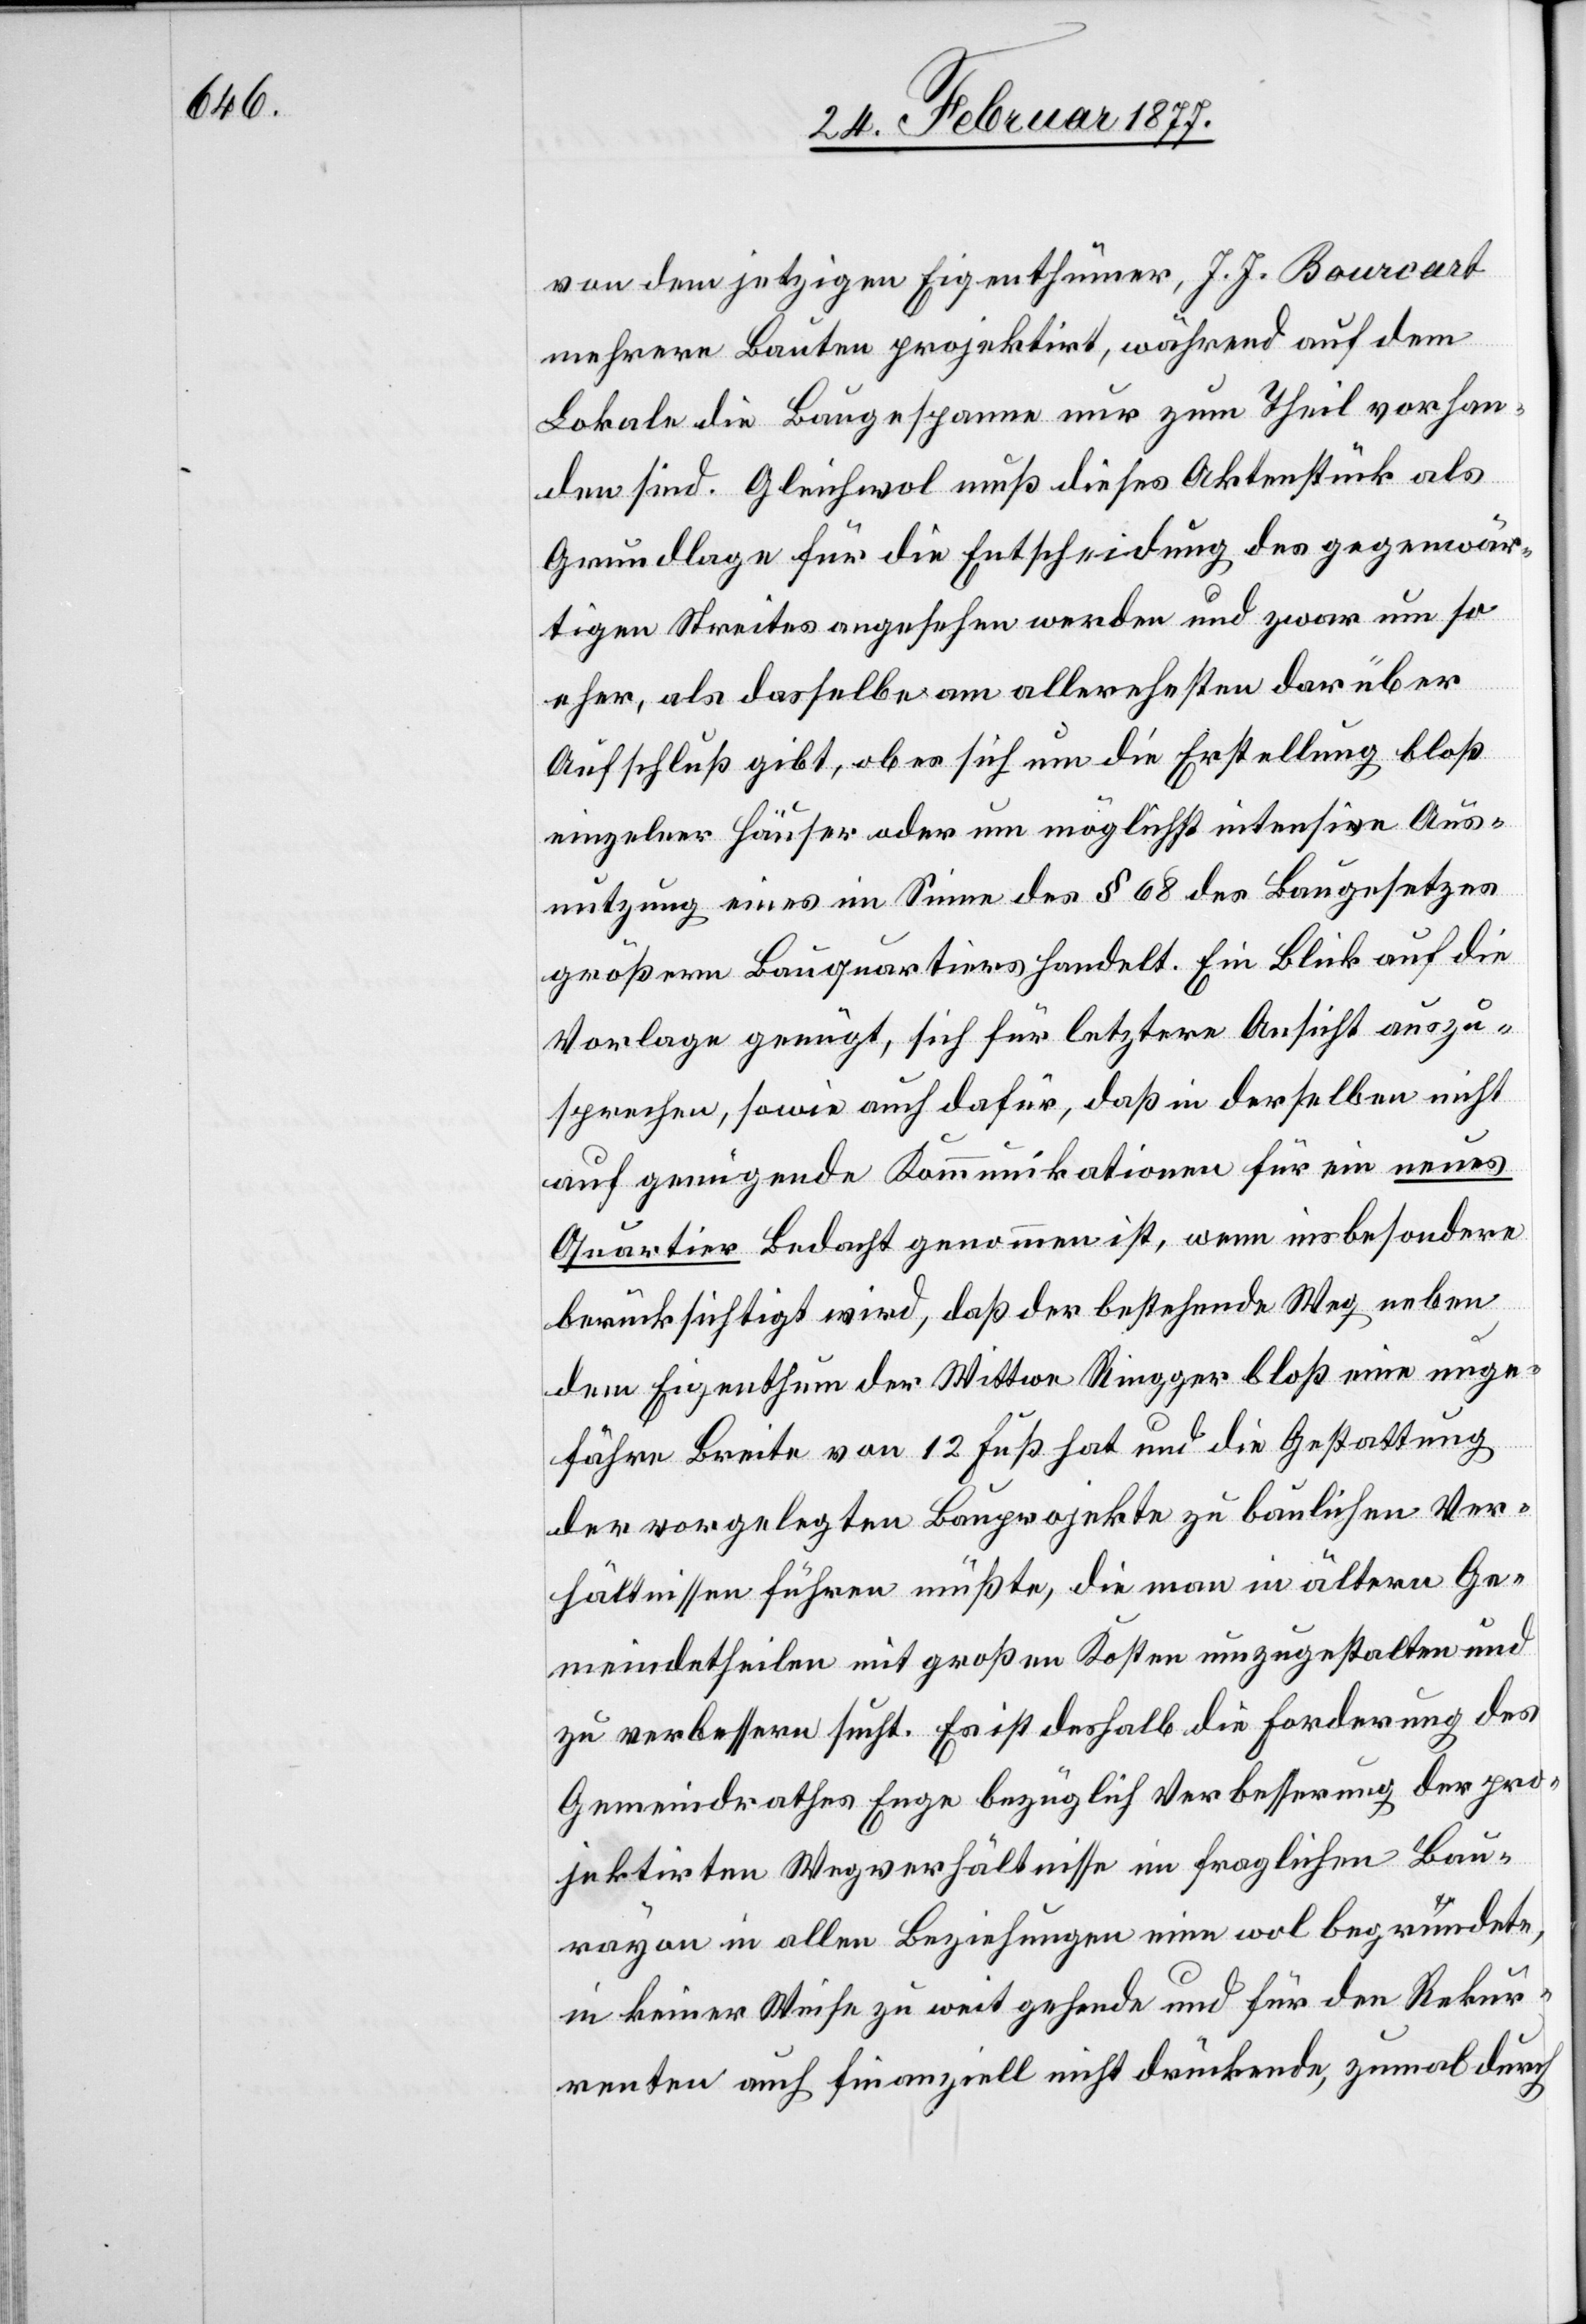
von dem jetzigen Eigenthümer, J. J. Bourcart
mehrere Bauten projektirt, während auf dem
Lokale die Baugespanne nur zum Theil vorhan¬
den sind. Gleichwol muß dieses Aktenstück als
Grundlage für die Entscheidung des gegenwär¬
tigen Streites angesehen werden und zwar um so
eher, als dasselbe am allerehesten darüber
Aufschluß gibt, ob es sich um die Erstellung bloß
einzelner Häuser oder um möglichst intensive Aus¬
nutzung eines im Sinne des § 68 des Baugesetzes
größern Bauquartiers handelt. Ein Blick auf die
Vorlage genügt, sich für letztere Ansicht auszu¬
sprechen, sowie auch dafür, daß in derselben nicht
auf geeignete Kommunikationen für ein neues
Quartier Bedacht genommen ist, wenn insbesondere
berücksichtigt wird, daß der bestehende Weg neben
dem Eigenthum der Wittwe Ringger bloß eine unge¬
fähre Breite von 12 Fuß hat und die Gestattung
der vorgelegten Bauprojekte zu baulichen Ver¬
hältnissen führen müßte, die man in ältern Ge¬
meindetheilen mit großen Kosten umzugestalten und
zu verbessern sucht. Es ist deshalb die Forderung des
Gemeindrathes Enge bezüglich Verbesserung der pro¬
jektierten Wegverhältnisse im fraglichen Bau¬
rayon in allen Beziehungen eine wol begründete,
in keiner Weise zu weit gehende und für den Rekur¬
renten auch finanziell nicht drückende, zumal durch